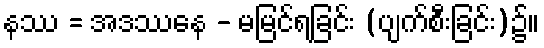
နဿ = အဒဿနေ - မမြင်ရခြင်း (ပျက်စီးခြင်း)၌။